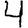
Digit: 4